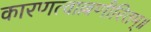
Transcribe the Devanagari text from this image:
कारणत्वाल्लणीरितम्॥